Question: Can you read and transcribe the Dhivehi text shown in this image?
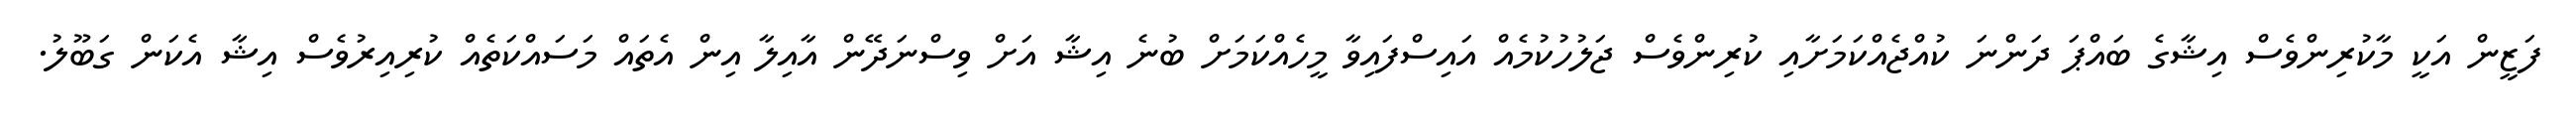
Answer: ފަޒީން އަކީ މާކުރިންވެސް އިޝާގެ ބައްޕަ ދަންނަ ކުއްޖެއްކަމަށާއި ކުރިންވެސް ޖަލުހުކުމެއް އައިސްފައިވާ މީހެއްކަމަށް ބުނެ އިޝާ އަށް ވިސްނަދޭން އާއިލާ އިން އެތައް މަސައްކަތެއް ކުރިއިރުވެސް އިޝާ އެކަން ގަބޫލު.